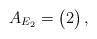
LaTeX: \begin{align*} A_{E_2} = \begin{pmatrix} 2 \end{pmatrix},\end{align*}